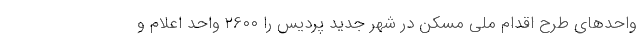
واحدهای طرح اقدام ملی مسکن در شهر جدید پردیس را ۲۶۰۰ واحد اعلام و